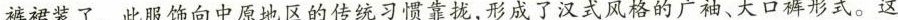
裤裙装了。此服饰向中原地区的传统习惯靠拢，形成了汉式风格的广袖、大口裤形式。这